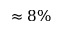
\approx 8 \%